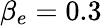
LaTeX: \beta_{e}=0.3